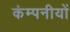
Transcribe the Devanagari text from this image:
कंम्पनीयों